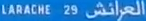
اللّاذِنَةْ